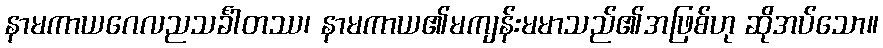
နာမကာယဂေလညသင်္ခါတဿ၊ နာမကာယ၏မကျန်းမမာသည်၏အဖြစ်ဟု ဆိုအပ်သော။